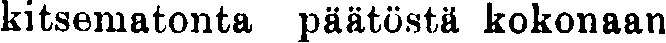
kitsematonta päätöstä kokonaan